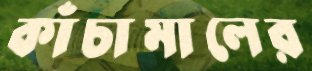
কাঁচামালের